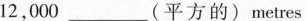
12,000 ___(平方的)metres